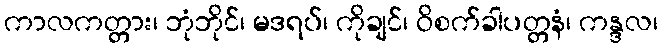
ကာလကတ္တား၊ ဘုံဘိုင်၊ မဒရပ်၊ ကိုချင်၊ ဝိစက်ခါပတ္တနံ၊ ကန္ဒလ၊